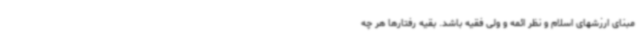
مبنای ارزشهای اسلام و نظر ائمه و ولی فقیه باشد. بقیه رفتارها هر چه